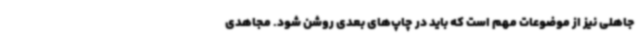
جاهلی نیز از موضوعات مهم است که باید در چاپ‌های بعدی روشن شود. مجاهدی